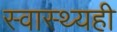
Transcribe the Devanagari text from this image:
स्वास्थ्यही